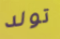
تولد